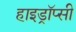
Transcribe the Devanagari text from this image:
हाइड्रॉप्सी